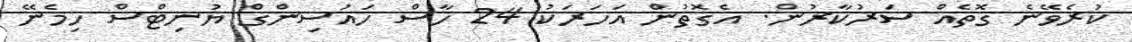
ކުރެވޭނެ ގޮތެއް ސަރުކާރުން. އެގޮތުން އަހަރަކު 24 ހާސް ހައުސިންގް ޔުނިޓްސް ހިމެނޭ